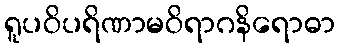
ရူပဝိပရိဏာမဝိရာဂနိရောဓာ